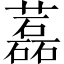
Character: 藞